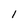
Character: 1